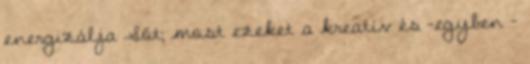
energizálja Sőt; most ezeket a kreatív és -egyben -